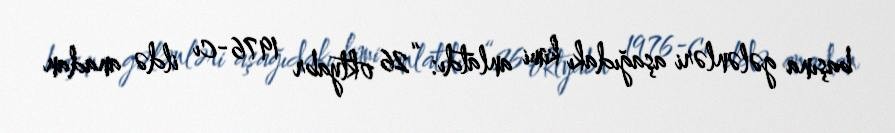
başına gələnləri aşağıdakı kimi anlatdı: “26 oktyabr 1976-cı ildə anadan